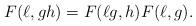
LaTeX: \begin{align*}F(\ell, gh) = F(\ell g,h)F(\ell,g).\end{align*}